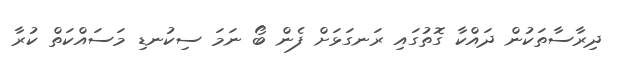
ދިރާސާތަކުން ދައްކާ ގޮތުގައި ރަނގަޅަށް ފެން ބޯ ނަމަ ސިކުނޑި މަސައްކަތް ކުރާ